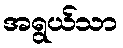
အရွယ်သာ